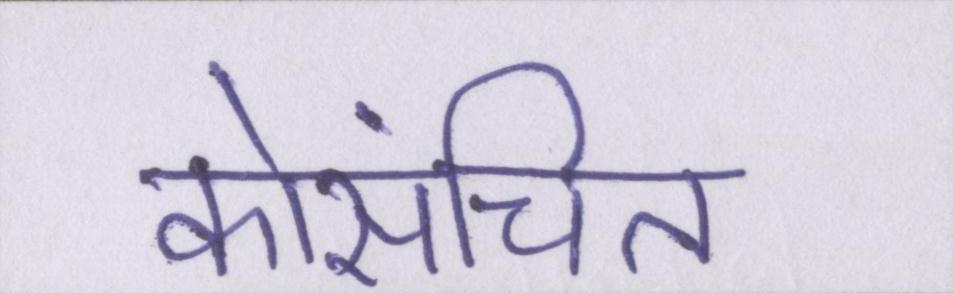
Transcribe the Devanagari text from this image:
कोसंचित